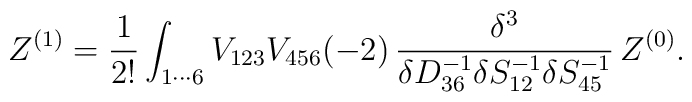
Z^{(1)}=\frac{1}{2!}\int_{1\cdots 6}V_{123}V_{456}(-2)\,\frac{\delta^3}{\delta D^{-1}_{36}\delta S^{-1}_{12}\delta S^{-1}_{45}}\,Z^{(0)}.